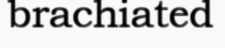
brachiated